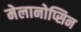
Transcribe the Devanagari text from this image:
मेलानोप्सिन